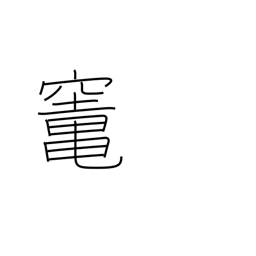
Meaning: oven